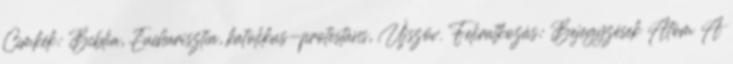
Címkék: Biblia, Eucharisztia, katolikus-protestáns, Újszöv. Feliratkozás: Bejegyzések Atom A